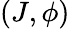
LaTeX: (J,\phi)